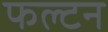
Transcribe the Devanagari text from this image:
फल्टन